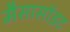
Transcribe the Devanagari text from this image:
मैसासॉइट